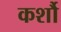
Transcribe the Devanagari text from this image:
कर्शौ